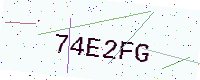
Text: 74E2FG